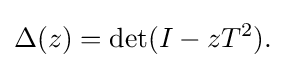
\displaystyle {\Delta (z)=\det(I-zT^{2}).}